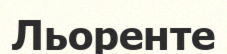
Льоренте